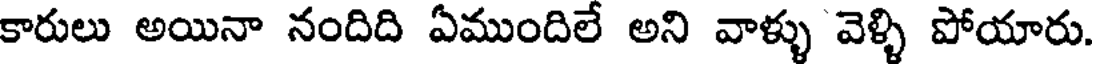
కారులు అయినా నందిది ఏముందిలే అని వాళ్ళు వెళ్ళి పోయారు.